Juri_Uluots, lk 52
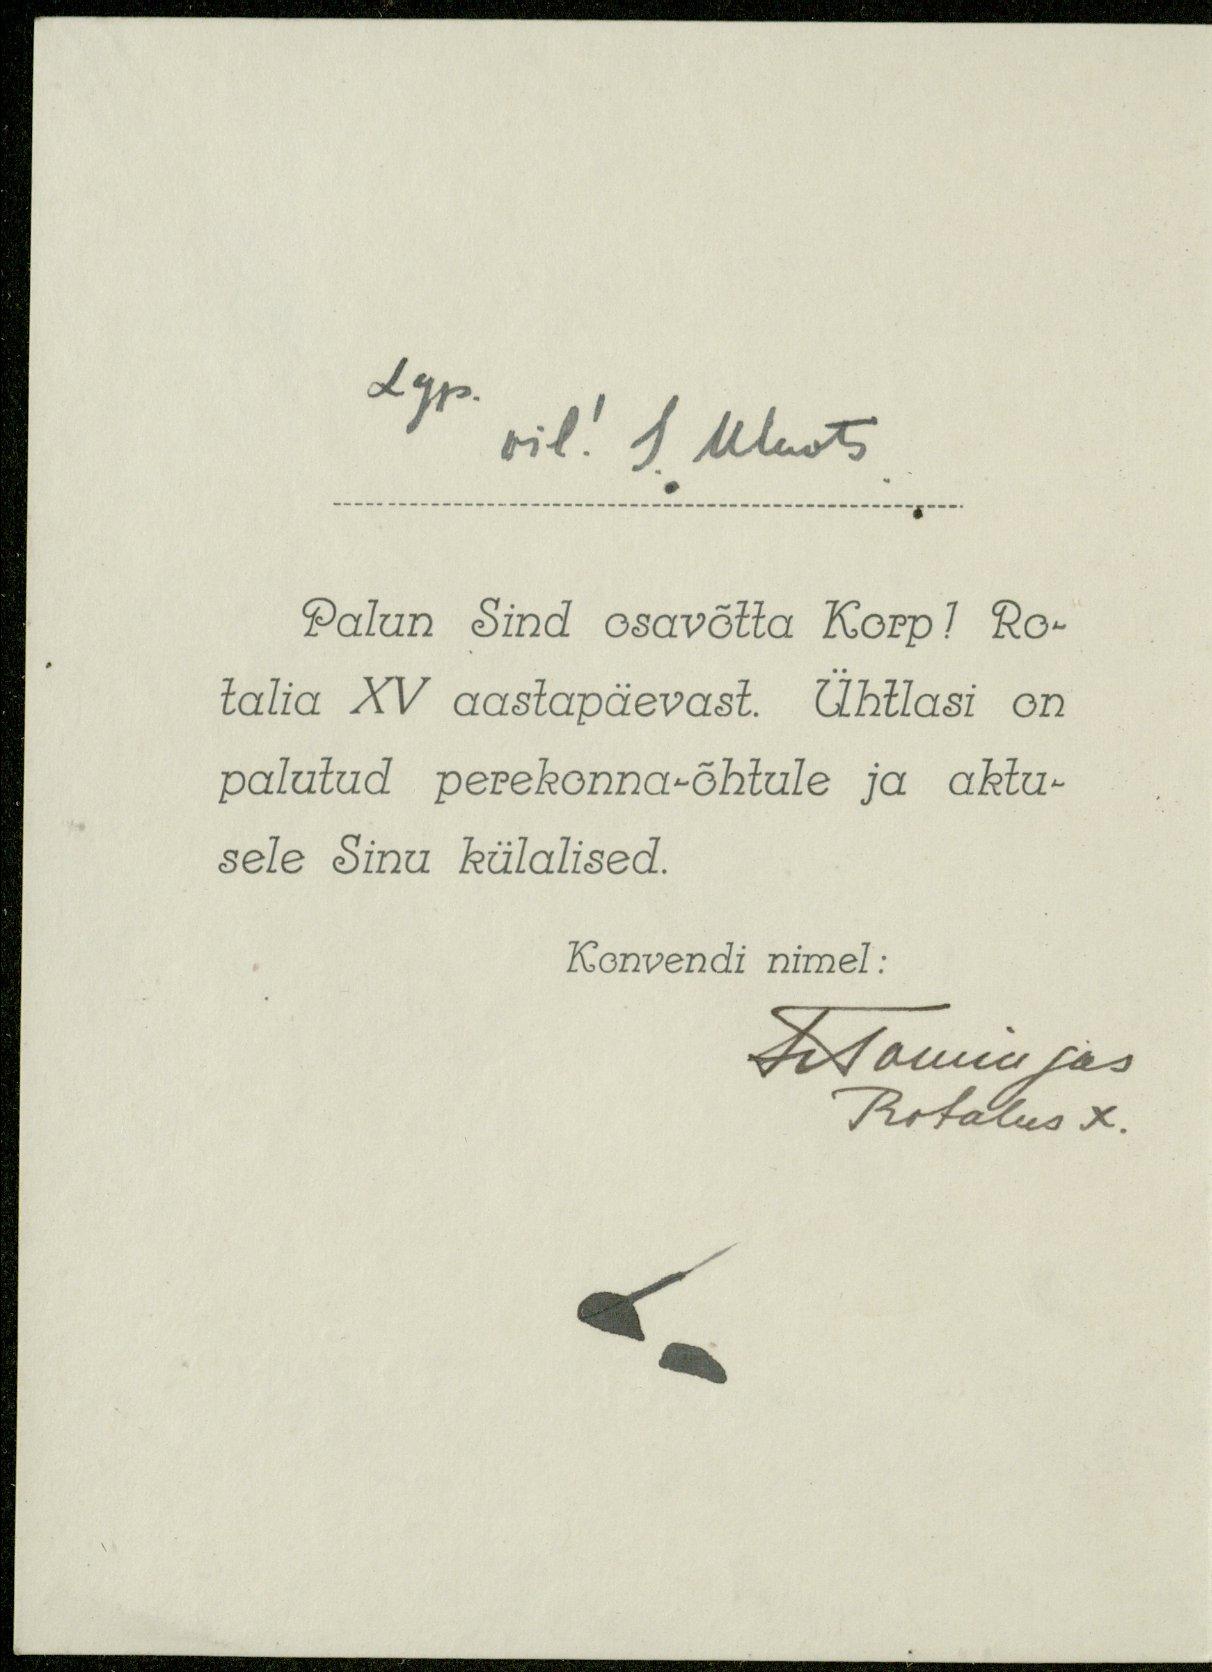
Lgp. vil! J. Uluots
Palun Sind osavõtta Korp! Ro-
talia XV aastapäevast. Ühtlasi on
palutud perekonna-õhtule ja aktu-
sele Sinu külalised.
Konvendi nimel:
HTomingas
Rotalus X.